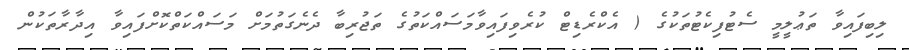
ލިބިފައިވާ ތަޢުލީމީ ސެޓުފިކެޓުތަކުގެ ( އެކްރެޑިޓް ކުރެވިފައިވާމަސައްކަތުގެ ތަޖުރިބާ ދެނެގަތުމަށް މަސައްކަތްކޮށްފައިވާ އިދާރާތަކުން